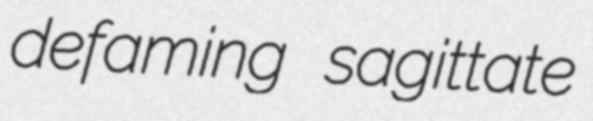
defaming sagittate